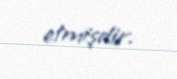
etmişdir.